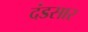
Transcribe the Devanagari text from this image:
दंडसार